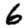
Digit: 6